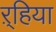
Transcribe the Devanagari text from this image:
ऱ्हिया